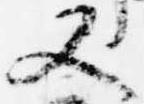
又